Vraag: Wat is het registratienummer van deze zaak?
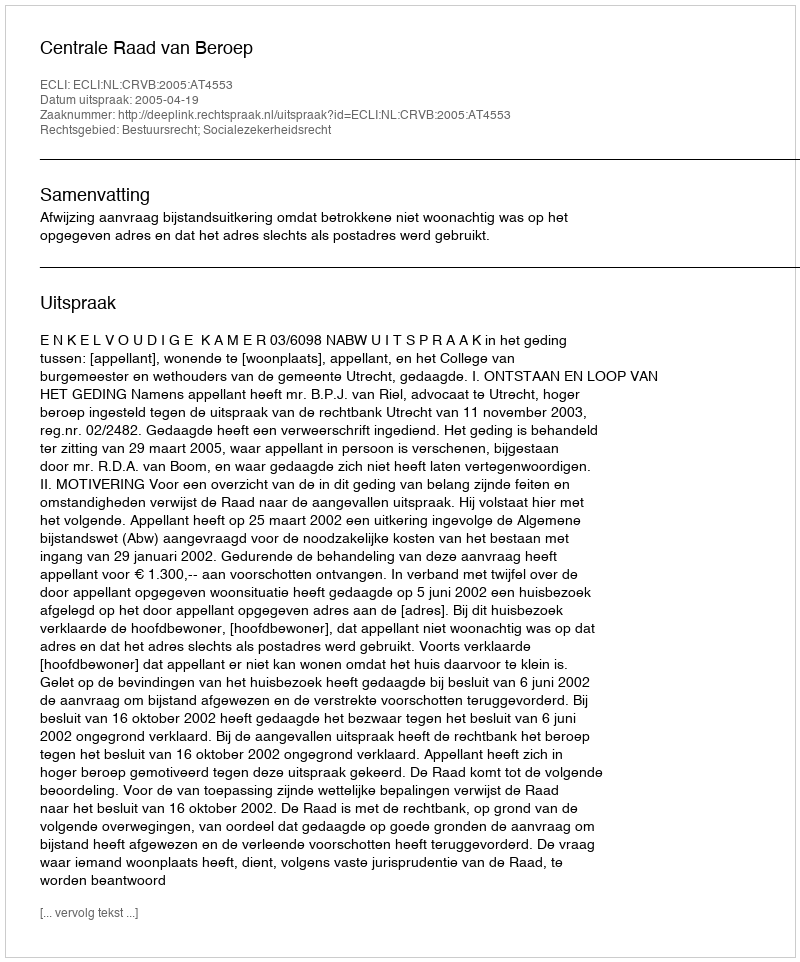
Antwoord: http://deeplink.rechtspraak.nl/uitspraak?id=ECLI:NL:CRVB:2005:AT4553